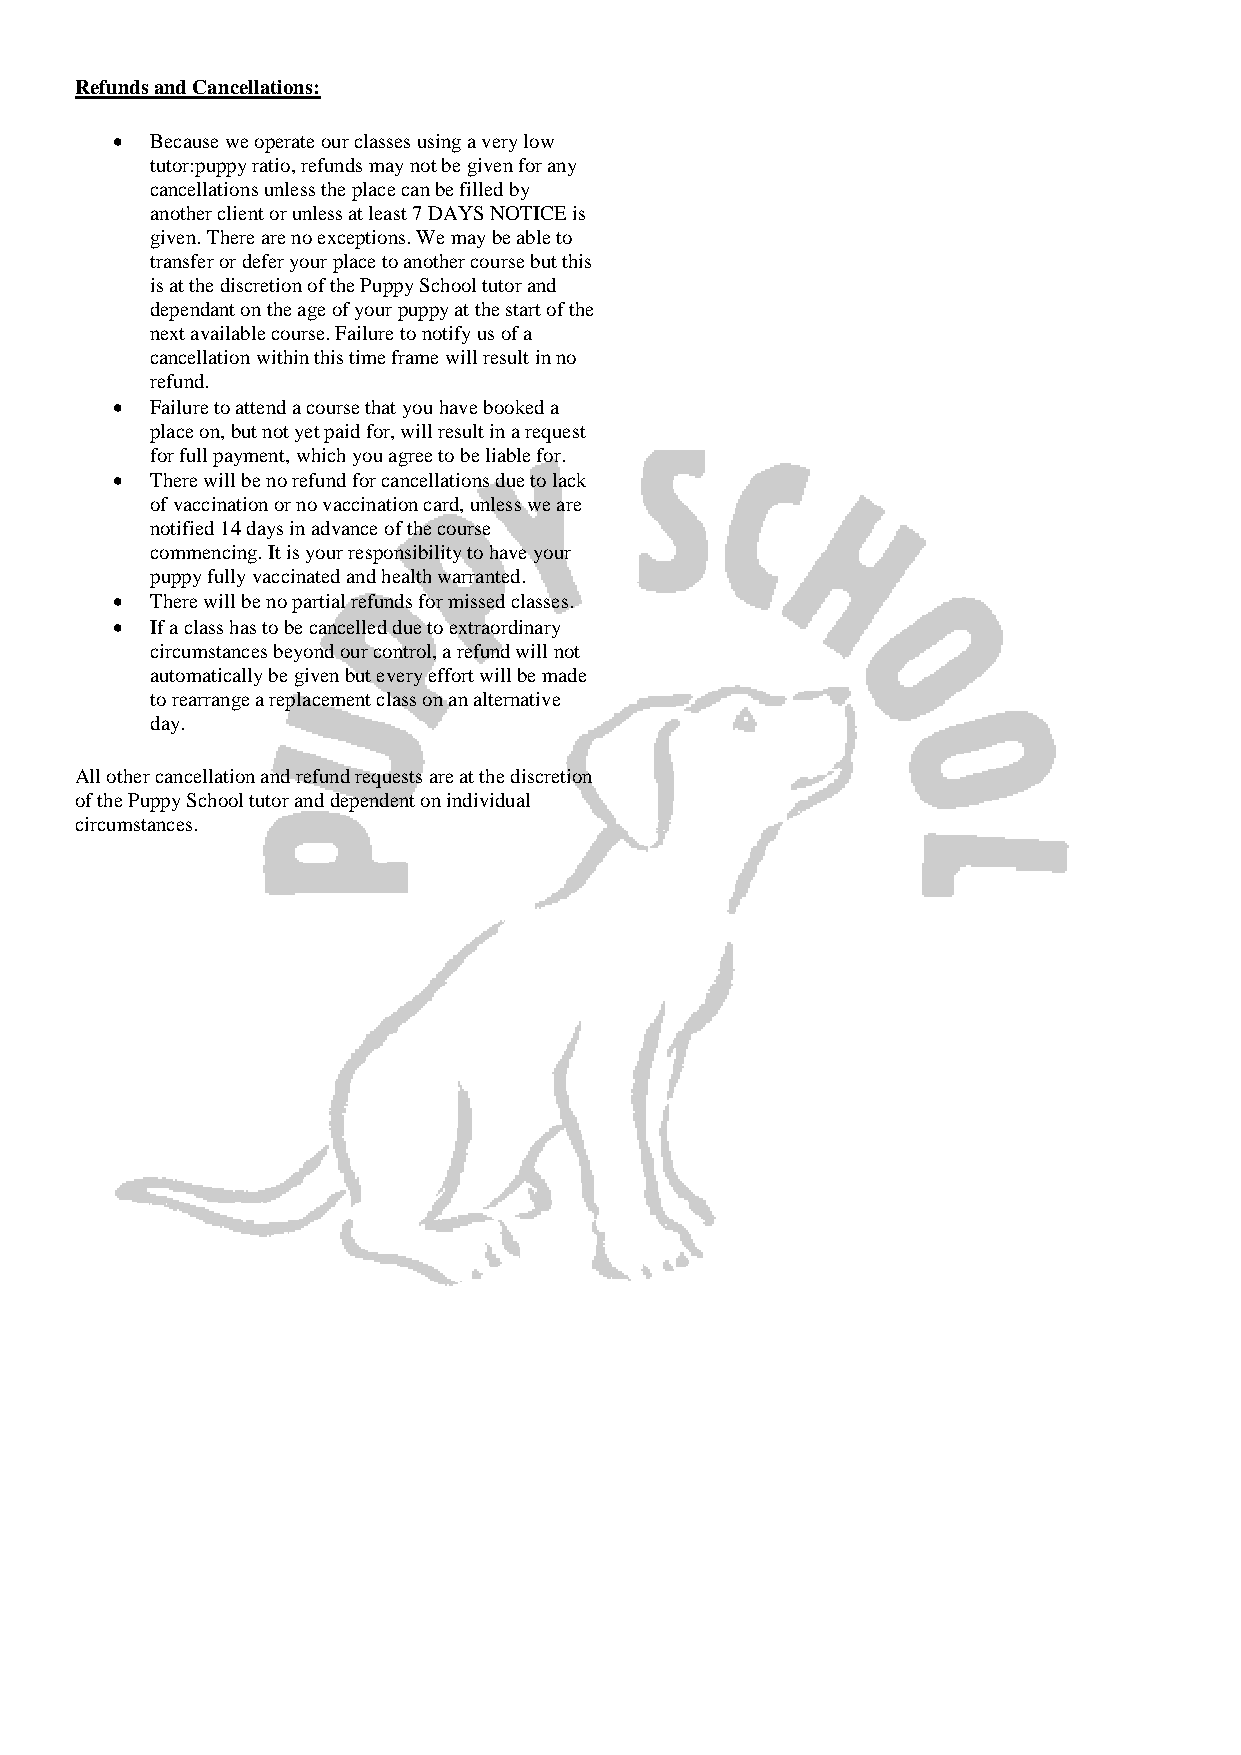
Refunds and Cancellations:
   Because we operate our classes using a very low
 tutor:puppy ratio, refunds may not be given for any
 cancellations unless the place can be filled by
 another client or unless at least 7 DAYS NOTICE is
 given. There are no exceptions. We may be able to
 transfer or defer your place to another course but this
 is at the discretion of the Puppy School tutor and
 dependant on the age of your puppy at the start of the
 next available course. Failure to notify us of a
 cancellation within this time frame will result in no
 refund.
   Failure to attend a course that you have booked a
 place on, but not yet paid for, will result in a request
 for full payment, which you agree to be liable for.
   There will be no refund for cancellations due to lack
 of vaccination or no vaccination card, unless we are
 notified 14 days in advance of the course
 commencing. It is your responsibility to have your
 puppy fully vaccinated and health warranted.
   There will be no partial refunds for missed classes.
   If a class has to be cancelled due to extraordinary
 circumstances beyond our control, a refund will not
 automatically be given but every effort will be made
 to rearrange a replacement class on an alternative
 day.
 All other cancellation and refund requests are at the discretion
 of the Puppy School tutor and dependent on individual
 circumstances.